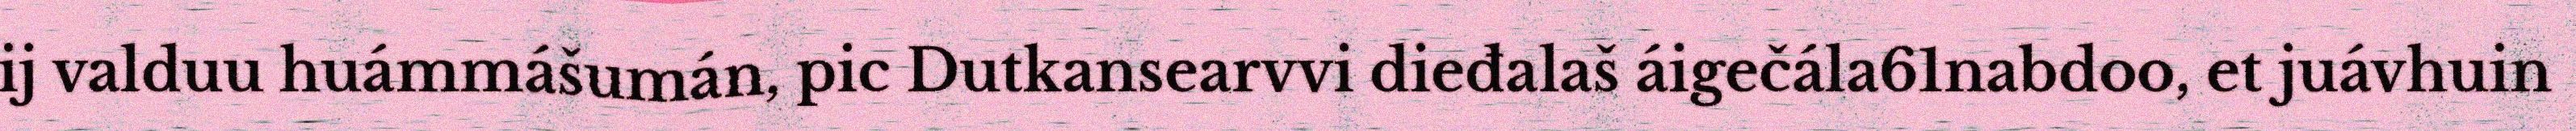
ij valduu huámmášumán, pic Dutkansearvvi dieđalaš áigečála61nabdoo, et juávhuin